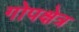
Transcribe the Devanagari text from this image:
गोपक्षेत्र